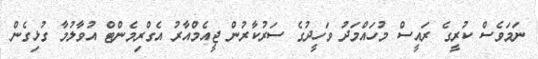
ނަމަވެސް ކުރީގެ ރައީސް މުހައްމަދު ވަހީދުގެ ސަރުކާރުން ޖީއެމްއާރު އެގްރިމެންޓް އުވާލުމާ ގުޅިގެން